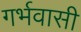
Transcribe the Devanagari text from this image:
गर्भवासी